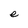
Character: e